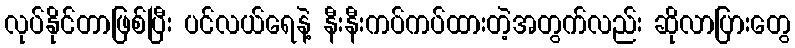
လုပ်နိုင်တာဖြစ်ပြီး ပင်လယ်ရေနဲ့ နီးနီးကပ်ကပ်ထားတဲ့အတွက်လည်း ဆိုလာပြားတွေ